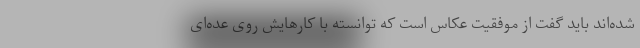
شده‌اند باید گفت از موفقیت عکاس است که توانسته با کارهایش روی عده‌ای